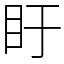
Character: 盱